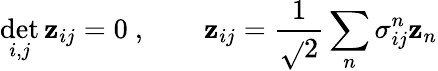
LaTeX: \operatorname*{det}_{i,j}\mathbf{z}_{ij}=0\ ,\qquad\mathbf{z}_{ij}={\frac{{1}}{{\sqrt{}{{2}}}}}\sum_{n}\sigma_{ij}^{n}\mathbf{z}_{n}